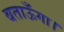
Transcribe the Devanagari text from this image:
बताऊँगा।